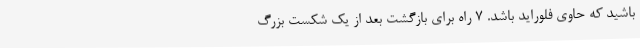
باشید که حاوی فلوراید باشد. 7 راه برای بازگشت بعد از یک شکست بزرگ